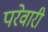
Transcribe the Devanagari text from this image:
परेवारी